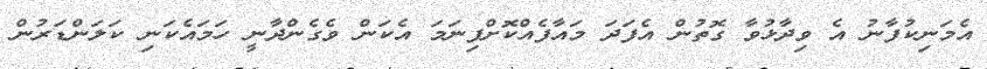
އެމަނިކުފާނު އެ ވިދާޅުވާ ގޮތުން އެފަދަ މައާފެއްކޮށްފިނަމަ އެކަން ވެގެންދާނީ ހަމައެކަނި ކަލަންޑަރުން